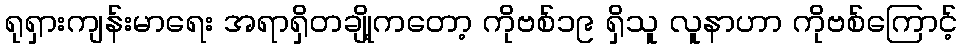
ရုရှားကျန်းမာရေး အရာရှိတချို့ကတော့ ကိုဗစ်၁၉ ရှိသူ လူနာဟာ ကိုဗစ်ကြောင့်